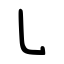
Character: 乚